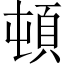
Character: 頓